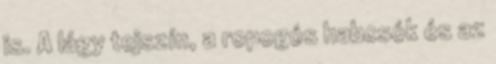
is. A lágy tejszín, a ropogós habcsók és az